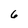
Character: 6